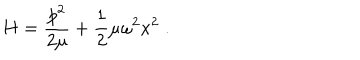
LaTeX: H = \frac { p ^ { 2 } } { 2 \mu } + \frac { 1 } { 2 } \mu \omega ^ { 2 } x ^ { 2 } \; .